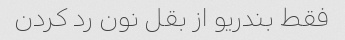
فقط بندریو از بقل نون رد کردن